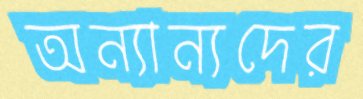
অন্যান্যদের